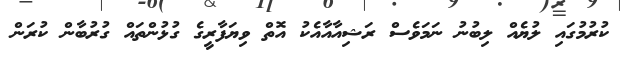
ކުރުމުގައި ލުޔެއް ލިބުނު ނަމަވެސް ރަޝިއާއާއެކު އޮތް ވިޔަފާރީގެ ގުޅުންތައް ގުރުބާން ކުރަން